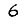
Digit: 6